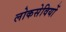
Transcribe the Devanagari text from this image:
लोकसेवियों